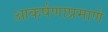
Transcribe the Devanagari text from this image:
आकर्षणाप्रमाणे